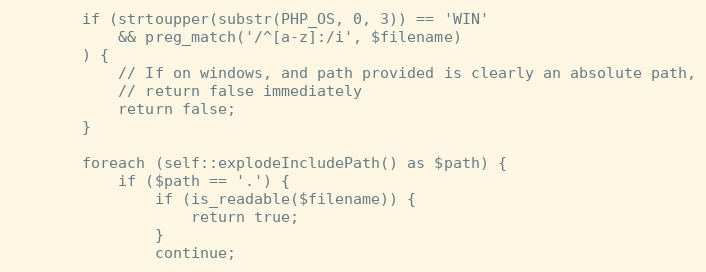
Language: PHP
        if (strtoupper(substr(PHP_OS, 0, 3)) == 'WIN'
            && preg_match('/^[a-z]:/i', $filename)
        ) {
            // If on windows, and path provided is clearly an absolute path,
            // return false immediately
            return false;
        }

        foreach (self::explodeIncludePath() as $path) {
            if ($path == '.') {
                if (is_readable($filename)) {
                    return true;
                }
                continue;